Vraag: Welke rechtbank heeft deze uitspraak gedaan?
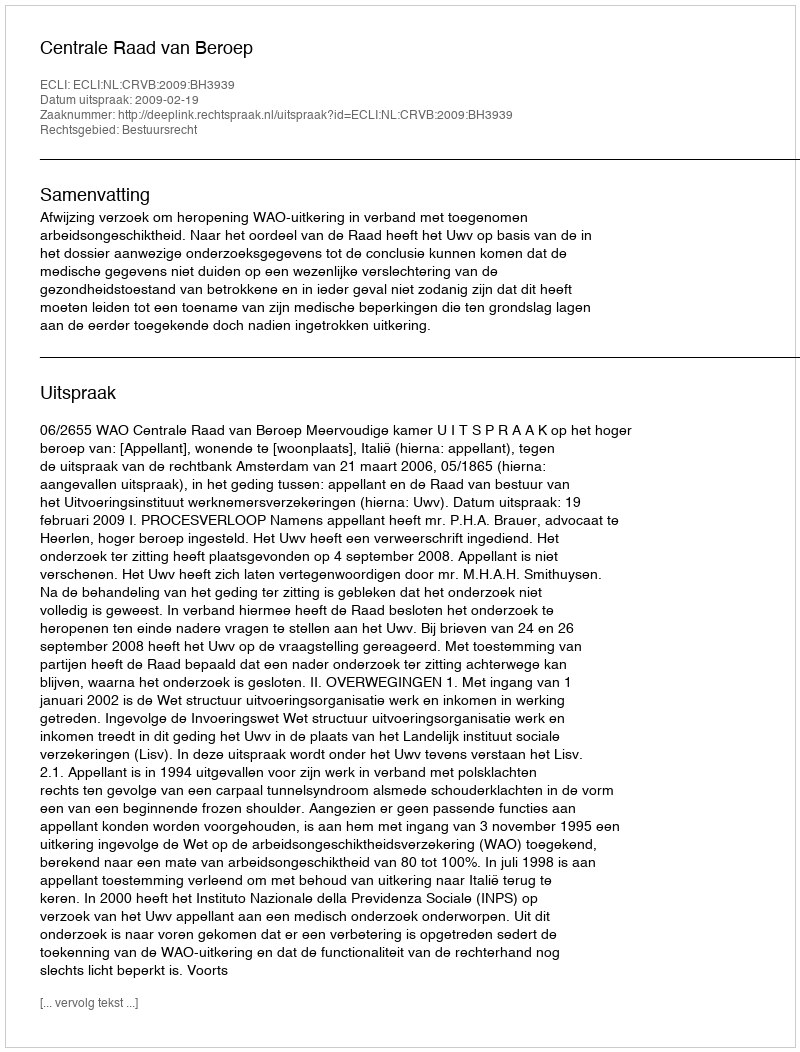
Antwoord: Centrale Raad van Beroep